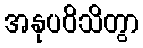
အနုပဝိသိတွာ